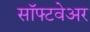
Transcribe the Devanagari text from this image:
साॅफ्टवेअर